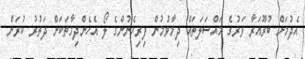
އެދުމަށް ބުރޫއަރާ ވަރުގެ މައްސަލަތައް ދިމާވުމުން ފިރިހެނުންގެ ލޯ އެހެންދިމާތަކަށް ދަތުރު ކުރަން